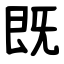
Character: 既